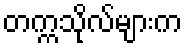
တက္ကသိုလ်များက